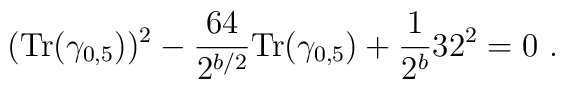
({\mbox {Tr}} (\gamma_{0,5}))^2 - {64 \over 2^{b/2}} {\mbox {Tr}} (\gamma_{0,5}) + {1\over 2^b} 32^2 = 0 ~.